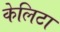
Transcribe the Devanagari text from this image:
केलिटा